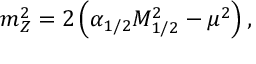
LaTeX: m _ { Z } ^ { 2 } = 2 \left( \alpha _ { 1 / 2 } M _ { 1 / 2 } ^ { 2 } - \mu ^ { 2 } \right) ,